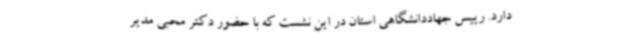
دارد. رییس جهاددانشگاهی استان در این نشست که با حضور دکتر محبی مدیر